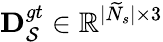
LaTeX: \mathbf{D}_{\mathcal{S}}^{gt}\in\mathbb{R}^{|\widetilde{N}_{s}|\times 3}